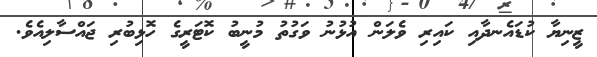
ޒީނިޔާ ކުޑައެނދާއި ކައިރި ވެލަން އުޅުނު ވަގުތު މުނީބު ކޮޓަރީގެ ހޮޅިބުރި ޖައްސާލިއެވެ.